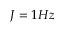
J = 1 H z